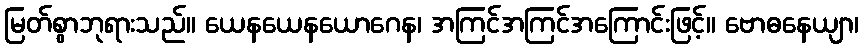
မြတ်စွာဘုရားသည်။ ယေနယေနယောဂေန၊ အကြင်အကြင်အကြောင်းဖြင့်။ ဗောဓနေယျာ၊